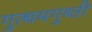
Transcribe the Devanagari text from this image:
गुत्थमगुथ्ती